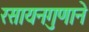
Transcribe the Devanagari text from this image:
रसायनगुणाने